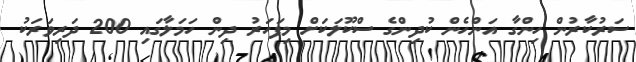
ސަރުކާރުން ހިންގާ އަންހެން ކުދިންގެ ސްކޫލަކަށް މިފަހަރު ދިން ހަމަލާގައި 200 ދަރިވަރަކު